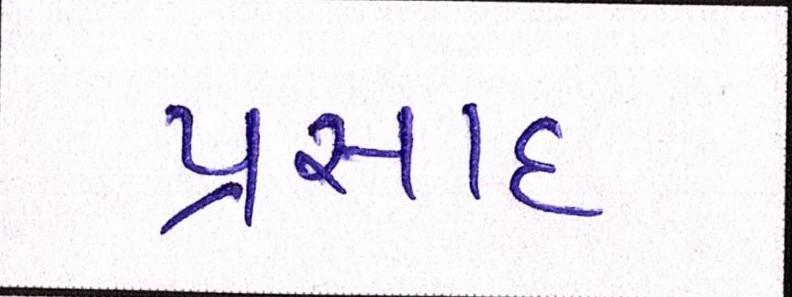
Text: પ્રસાદ